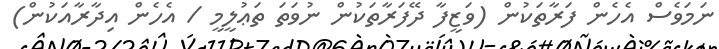
ނަމަވެސް އެހެން ފަރާތަކުން (ވަޒީފާ ދޭފަރާތަކުން ނުވަތަ ތަޢުލީމީ / އެހެން އިދާރާއަކުން)